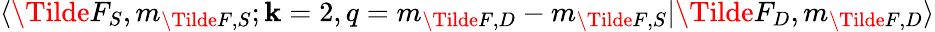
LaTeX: \langle\Tilde{F}_{S},m_{\Tilde{F},S};\mathbf{k}=2,q=m_{\Tilde{F},D}-m_{\Tilde{F},S}\lvert\Tilde{F}_{D},m_{\Tilde{F},D}\rangle